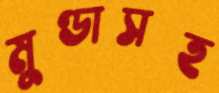
মুণ্ডাসহ